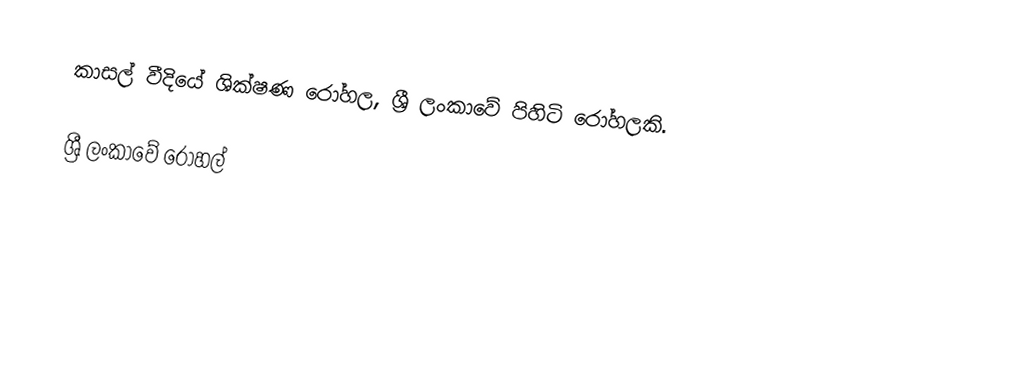
කාසල් වීදියේ ශික්ෂණ රෝහල, ශ්‍රී ලංකාවේ පිහිටි රෝහලකි.

ශ්‍රී ලංකාවේ රෝහල්